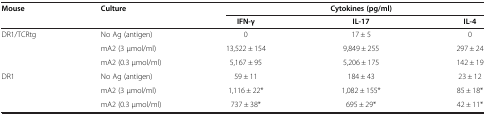
| Mouse | Culture |  | Cytokines (pg/ml) |  |
 |  |  | IFN-γ | IL-17 | IL-4 |
 | --- | --- | --- | --- | --- |
 | DR1/TCRtg | No Ag (antigen) | 0 | 17 ± 5 | 0 |
 |  | mA2 (3 μmol/ml) | 13,522 ± 154 | 9,849 ± 255 | 297 ± 24 |
 |  | mA2 (0.3 μmol/ml) | 5,167 ± 95 | 5,206 ± 175 | 142 ± 19 |
 | DR1 | No Ag (antigen) | 59 ± 11 | 184 ± 43 | 23 ± 12 |
 | <ROWSPAN=2>  | mA2 (3 μmol/ml) | 1,116 ± 22* | 1,082 ± 155* | 85 ± 18* |
 | mA2 (0.3 μmol/ml) | 737 ± 38* | 695 ± 29* | 42 ± 11* |